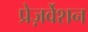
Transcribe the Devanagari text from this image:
प्रेज़र्वेशन